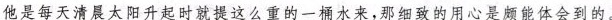
他是每天清晨太阳升起时就提这么重的一桶水来，那细致的用心是颇能体会到的。